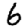
Digit: 6